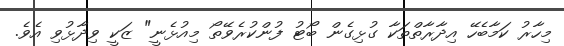
މިހާރު ކަމާބެހޭ އިދާރާތްތަކާ ގުޅިގެން ބޯޓު ފުންކުރެވޭތޯ މިއުޅެނީ" ޒަކީ ވިދާޅުވި އެވެ.